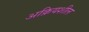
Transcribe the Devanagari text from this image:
अक्रियशील